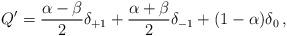
LaTeX: \begin{align*} Q'= \frac{\alpha-\beta}{2} \delta_{+1} + \frac{\alpha +\beta}{2} \delta_{-1} + (1-\alpha) \delta_0 \,, \end{align*}